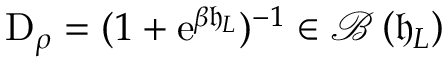
\mathrm { D } _ { \rho } = ( 1 + \mathrm { e } ^ { \beta \mathfrak { h } _ { L } } ) ^ { - 1 } \in \mathcal { B } \left( \mathfrak { h } _ { L } \right)